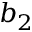
b _ { 2 }